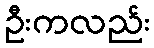
ဦးကလည်း